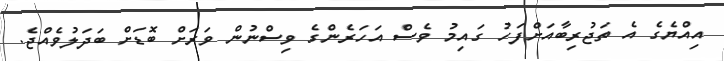
އިއްޔެގެ އެ ތަޖުރިބާއަށްފަހު ގައިމު ވެސް އަހަރެންގެ ވިސްނުން ވަރަށް ބޮޑަށް ބަދަލުވެއްޖެ.